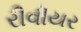
રીવીયર